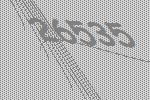
26535